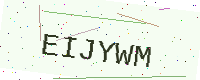
Text: EIJYWM